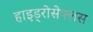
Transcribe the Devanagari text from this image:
हाइड्रोसेफ्लस